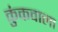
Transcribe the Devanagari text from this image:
कुंकवाला